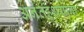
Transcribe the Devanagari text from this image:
अनंतहशयाना